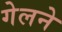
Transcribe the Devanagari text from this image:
गेलने